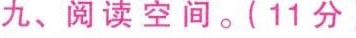
九、阅读空间。(11分)